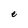
Character: e